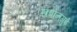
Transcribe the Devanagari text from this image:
सबोनगुई